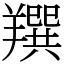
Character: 䍻